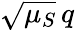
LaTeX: \sqrt{\mu_{S}}\, q